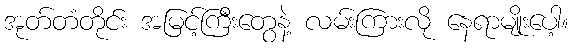
အုတ်တံတိုင်း အမြင့်ကြီးတွေနဲ့ လမ်းကြားလို နေရာမျိုးပေါ့။